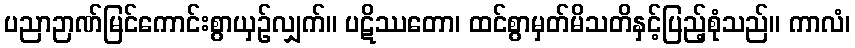
ပညာဉာဏ်မြင်ကောင်းစွာယှဉ်လျှက်။ ပဋိဿတော၊ ထင်စွာမှတ်မိသတိနှင့်ပြည့်စုံသည်။ ကာလံ၊